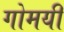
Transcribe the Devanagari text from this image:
गोमयी